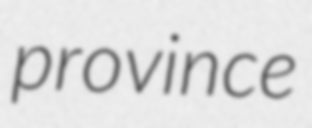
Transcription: province